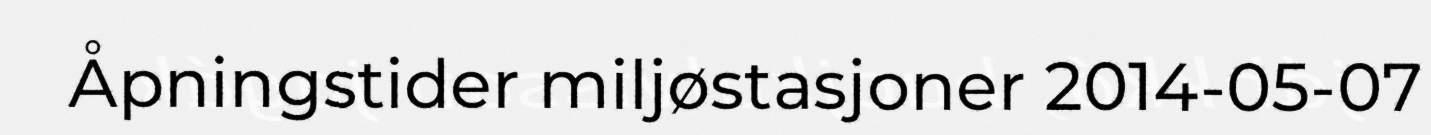
Åpningstider miljøstasjoner 2014-05-07